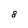
Character: 8